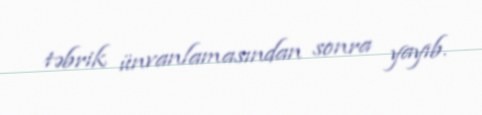
təbrik ünvanlamasından sonra yayıb.